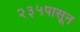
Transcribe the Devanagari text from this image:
२३५पासून